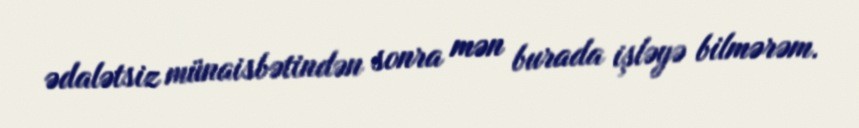
ədalətsiz münaisbətindən sonra mən burada işləyə bilmərəm.